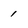
Character: 1